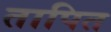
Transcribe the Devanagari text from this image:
तापित